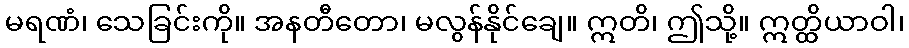
မရဏံ၊ သေခြင်းကို။ အနတီတော၊ မလွန်နိုင်ချေ။ ဣတိ၊ ဤသို့။ ဣတ္ထိယာဝါ၊